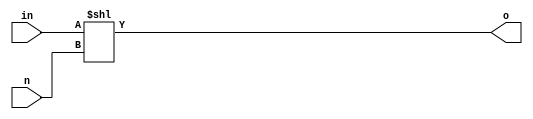
//////////////////////////////////////////////////////////////
// Description: non-pipelined shifter helper module
//
// Benjamin Ryle
// Sept 11
// Built with Modelsim INTEL FPGA Starter Edition 10.5b
//////////////////////////////////////////////////////////////

module shifter
(
input [63:0] in,
input [5:0] n,
output [63:0] o
);
assign o = in << n;
endmodule